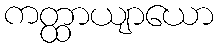
ကတ္ထာယျာယော